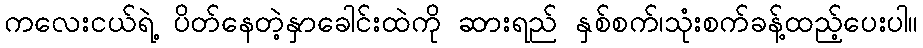
ကလေးငယ်ရဲ့ ပိတ်နေတဲ့နှာခေါင်းထဲကို ဆားရည် နှစ်စက်၊သုံးစက်ခန့်ထည့်ပေးပါ။